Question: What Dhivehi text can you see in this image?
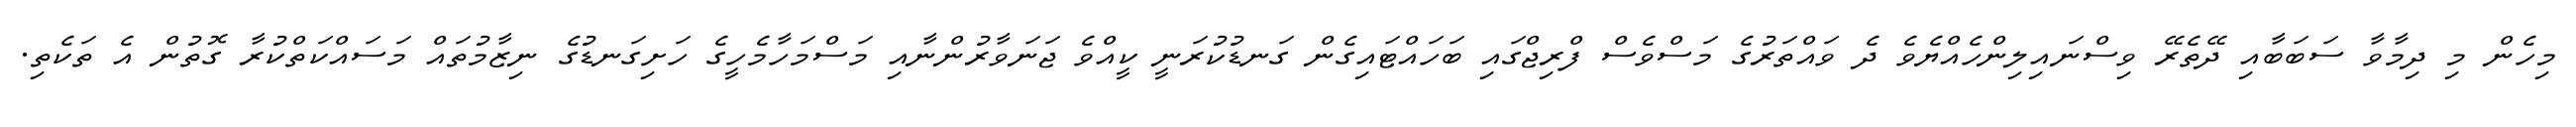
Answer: މިހެން މި ދިމާވާ ސަބަބާއި ދޭތެރޭ ވިސްނައިލިންހެއްޔެވެ ދެ ވައްތަރުގެ މަސްވެސް ފްރިޖްގައި ބަހައްޓައިގެން ގަނޑުކުރަނީ ކީއްވެ ޖަނަވާރުންނާއި މަސްމަހާމެހީގެ ހަށިގަނޑުގެ ނިޒާމުތައް މަސައްކަތްކުރާ ގޮތުން އެ ތަކެތި.